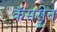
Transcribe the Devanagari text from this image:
कॅसरीन